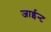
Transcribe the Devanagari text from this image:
जाईन्ट